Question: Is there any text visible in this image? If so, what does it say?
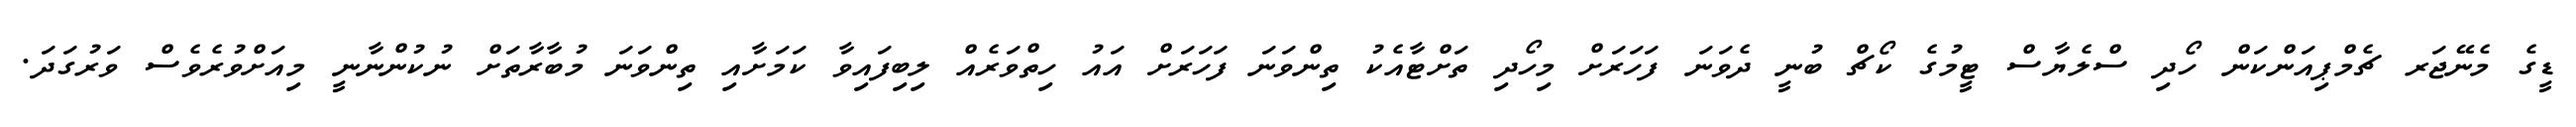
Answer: ޑީގެ މެނޭޖަރ ޗެމްޕިއަންކަން ހޯދި ސްލެޔާސް ޓީމުގެ ކޯޗް ބުނީ ދެވަނަ ފަހަރަށް މިހޯދި ތަށްޓާއެކު ތިންވަނަ ފަހަރަށް އައު ހިތްވަރެއް ލިބިފައިވާ ކަމަށާއި ތިންވަނަ މުބާރާތަށް ނުކުންނާނީ މިއަށްވުރެވެސް ވަރުގަދަ.